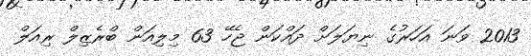
2013 ވަނަ އަހަރުގެ ނިޔަލަށް ދައްކަން ޖެހޭ 63 މިލިއަން ބްރެޒިލް ރިއަލް